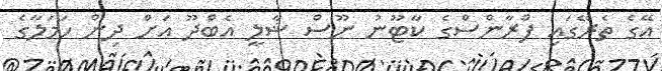
އޭގެ ތެރޭގައި ފްރާންސްގެ ކާޓޫނު ނޫސް ޝާލީ އެބްދޫ އަށް ދިން ހަަމަލާގެ